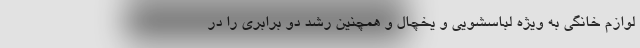
لوازم خانگی به ویژه لباسشویی و یخچال و همچنین رشد دو برابری را در